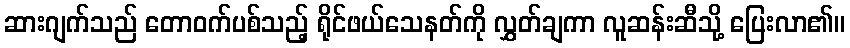
ဆားဂျက်သည် တောဝက်ပစ်သည့် ရိုင်ဖယ်သေနတ်ကို လွှတ်ချကာ လူဆန်းဆီသို့ ပြေးလာ၏။